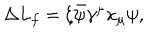
\Delta L _ { f } = \xi \bar { \psi } \gamma ^ { \mu } \dot { x } _ { \mu } \psi ,